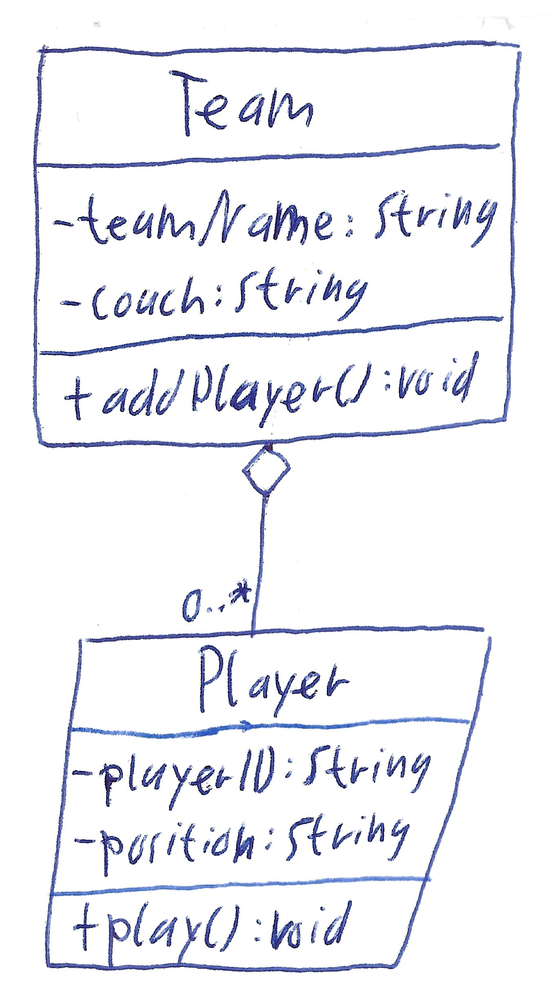
Diagram type: class_diagram
```plantuml
@startuml

class Team {
  - teamName: String
  - couch: String
  + addPlayer(): void
}

class Player {
  - playerID: String
  - position: String
  + play(): void
}

Team o--  "0..*" Player

@enduml
```